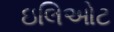
ઇલિઓટ